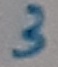
Text: 3